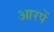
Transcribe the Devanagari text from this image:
आरपें